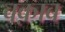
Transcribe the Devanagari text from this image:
वक़ाब